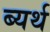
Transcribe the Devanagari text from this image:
ब्यर्थ